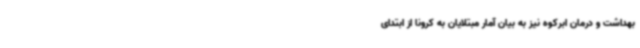
بهداشت و درمان ابرکوه نیز به بیان آمار مبتلایان به کرونا از ابتدای